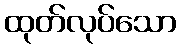
ထုတ်လုပ်သော